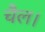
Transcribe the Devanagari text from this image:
चैल।